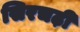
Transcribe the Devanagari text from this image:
सिरचढ़ी